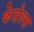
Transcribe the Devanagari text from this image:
केसेल्स